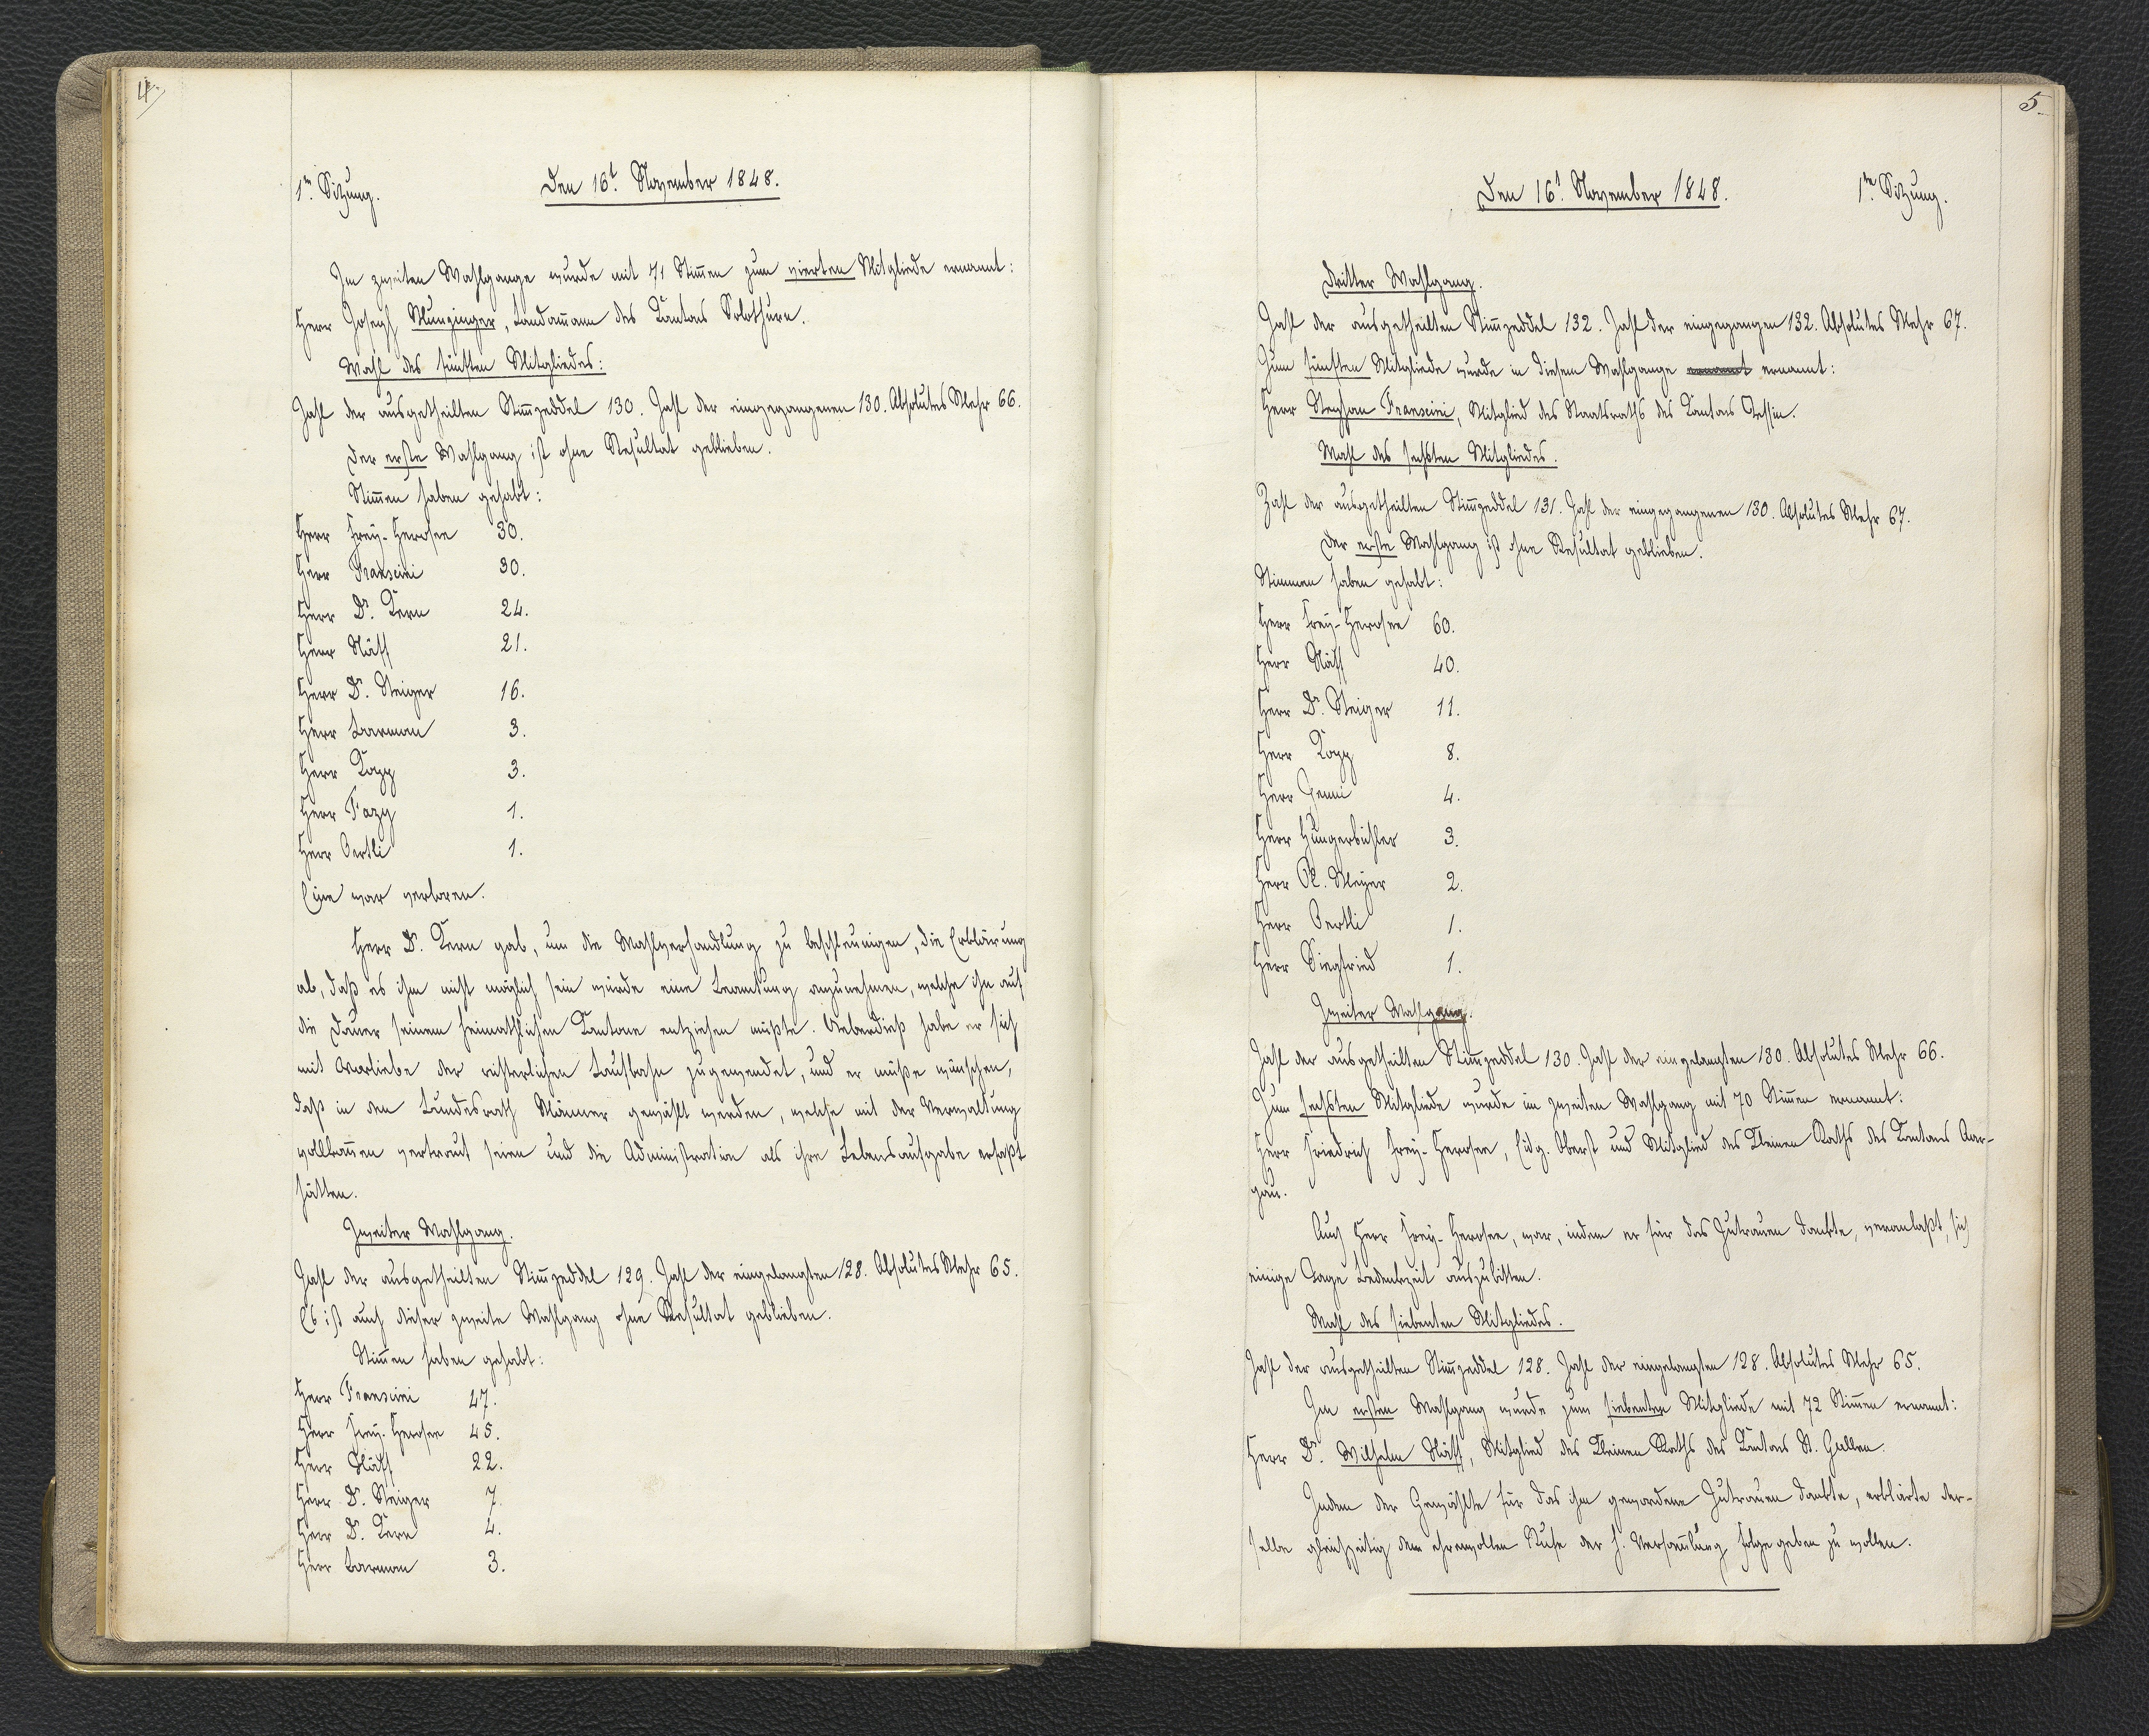
4.

1.te Sitzung.
Den 16. November 1848.

Im zweiten Wahlgange wurde mit 71 Stimmen zum vierten Mitgliede ernannt:
Herr Joseph Munzinger, Landammann des Kantons Solothurn.
Wahl des fünften Mitgliedes:
Zahl der ausgetheilten Stimmzeddel 130. Zahl der eingegangenen 130. Absolutes Mehr 66.
Der erste Wahlgang ist ohne Resultat geblieben.
Stimmen haben gehabt:
Herr Frey-Herosee 30.
Herr Franscini 30.
Herr Dr. Kern 24.
Herr Näff 21.
Herr Dr. Steiger 16.
Herr Barman 3.
Herr Kopp 3.
Herr Fazy 1.
Herr Oertli 1.
Eine war verloren.
Herr Dr. Kern gab, um die Wahlverhandlung zu beschleunigen, die Erklärung
ab, daß es ihm nicht möglich sein würde eine Beamtung anzunehmen, welche ihn auf
die Dauer seinem heimatlichen Kantone entziehen müßte. Ueberdieß habe er sich
mit Vorliebe der richterlichen Laufbahn zugewendet, und er müße wünschen,
daß in den Bundesrath Männer gewählt werden, welche mit der Verwaltung
vollkommen vertraut seien und die Administration als ihre Lebensaufgabe erfaßt
hätten.
Zweiter Wahlgang.
Zahl der ausgetheilten Stimmzeddel 129. Jahr der eingelangten 128. Absolutes Mehr 65.
Es ist auch dieser zweite Wahlgang ohne Resultat geblieben.
Stimmen haben gehabt:
Herr Franscini 47.
Herr Frey-Herosee 45.
Herr Näff 22.
Herr Dr. Steiger 7.
Herr Dr. Kern 4.
Herr Barman 3.

5.

Den 16.t November 1848.
1.te Sitzung.

Dritter Wahlgang.
Zahl der ausgetheilten Stimmzeddel 132. Zahl der eingegangen 132. Absolutes Mehr 67.
Zum fünften Mitgliede wurde in diesem Wahlganze ernannt ernannt:
Herr Stephan Franscini, Mitglied des Staatsraths des Kantons Tessin.
Wahl des sechsten Mitgliedes.
Zahl der ausgetheilten Stimmzeddel 131. Zahl der eingegangenen 130. Absolutes Mehr 67.
Der erste Wahlgang ist ohne Resultat geblieben.
Stimmen haben gehabt:
Herr Frey-Herosee 60.
Herr Näff 40.
Herr Dr. Steiger 11.
Herr Kopp 8.
Herr Jenni 4.
Herr Hungerbühler 3.
Herr Ol. Meyer 2.
Herr Oertli 1.
Herr Siegfried 1.
Zweiter Wahlgang.
Zahl der ausgetheilten Stimmzeddel 130. Zahl der eingebrachten 130. Absolutes Mehr 66.
Zum fünften Mitgliede wurde im zweiten Wahlgang mit 70 Stimmen ernannt:
Herr Friedrich Frey-Herosee, Eidg. Oberst und Mitglied des Kleinen Raths des Kantons Aar¬
gau.
Auch Herr Frey-Herosee, war, indem er für das Zutrauen dankte, veranlaßt, sich
einige Tage Bedenkzeit auszubitten.
Wahl des siebenten Mitgliedes.
Zahl der ausgetheilten Stimmzeddel 128. Zahl der eingelangten 128. Absolutes Mehr 65.
Im ersten Wahlgang wurde zum siebenten Mitgliede mit 72 Stimmen ernannt:
Herr Dr. Wilhelm Näff, Mitglied des Kleinen Raths des Kantons St. Gallen.
Indem der Gewählte für das ihm gewordene Zutrauen dankte, erklärte der¬
selbe gleichzeitig dem ehrenvollen Rufe der h. Versammlung Folge geben zu wollen.